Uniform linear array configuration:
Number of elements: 16
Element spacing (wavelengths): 1
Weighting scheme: exponential
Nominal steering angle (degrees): -45
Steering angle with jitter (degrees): -46.285
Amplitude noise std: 0.05
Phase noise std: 0.05

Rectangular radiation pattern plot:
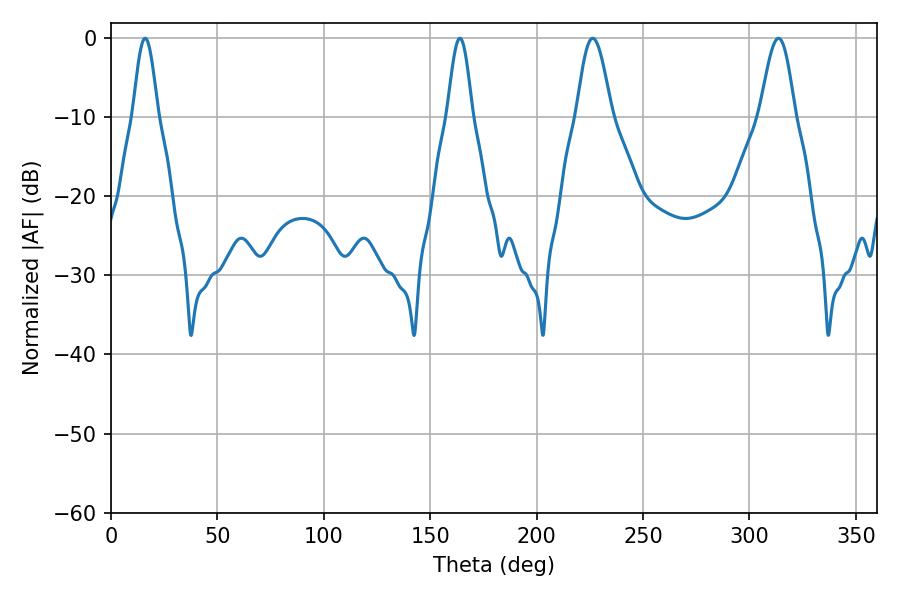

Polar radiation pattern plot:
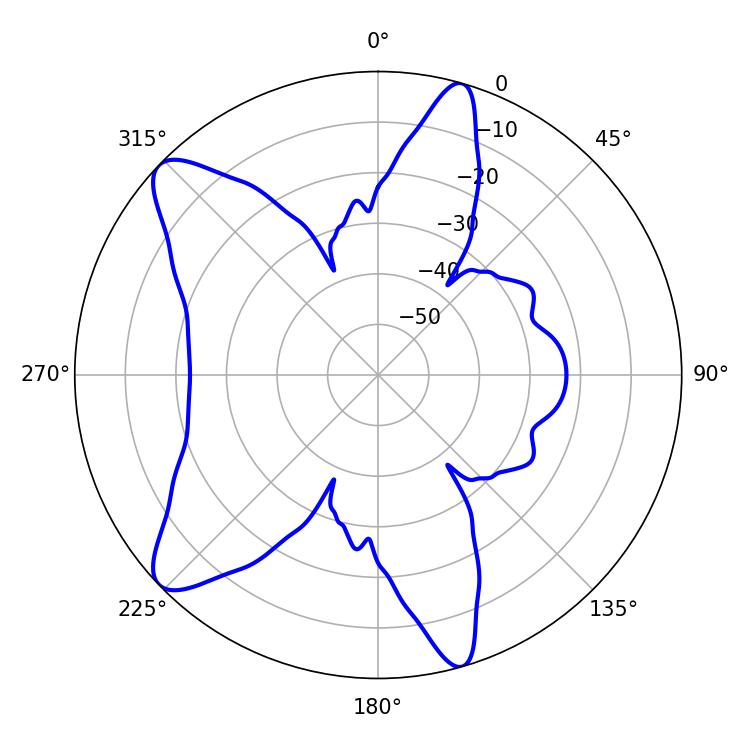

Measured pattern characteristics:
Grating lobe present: TRUE
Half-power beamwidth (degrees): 6.3
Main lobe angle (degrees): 16.02